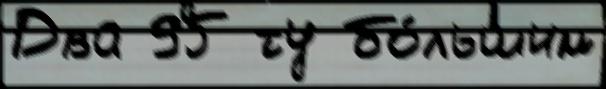
Два 95 ту бо́льшим